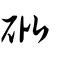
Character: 砒